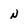
Character: N